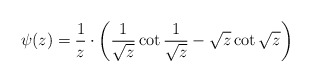
\begin{align*}\psi(z)=\frac 1z\cdot\left(\frac{1}{\sqrt{z}}\cot\frac{1}{\sqrt{z}}-\sqrt{z}\cot\sqrt{z}\right)\end{align*}